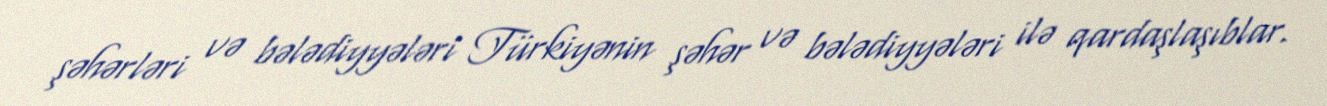
şəhərləri və bələdiyyələri Türkiyənin şəhər və bələdiyyələri ilə qardaşlaşıblar.